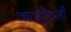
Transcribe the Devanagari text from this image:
वाटांऐवजी